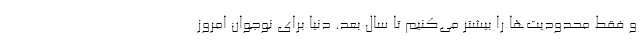
و فقط محدودیت‌ها را بیشتر می‌کنیم تا سال بعد. دنیا برای نوجوان امروز